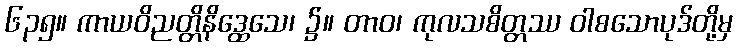
၆၃၅။ ကာယဝိညတ္တိနိဒ္ထေသေ၊ ၌။ တာဝ၊ ကုလသစိတ္တဿ ဝါစသောပုဒ်တို့မှ